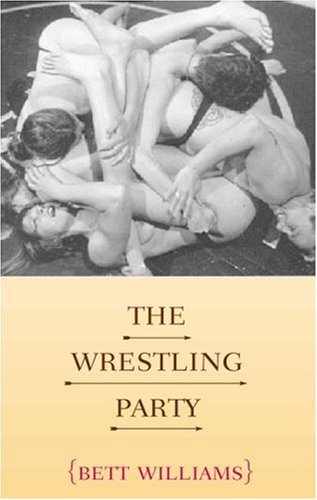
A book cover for The Wrestling Party; Bett Williams; Gay & Lesbian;